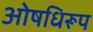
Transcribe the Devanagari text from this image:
ओषधिरूप